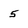
Character: 5